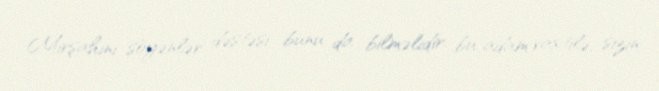
Mirşahini söyənlər dəstəsi bunu da bilməlidir: bu adam vaxtilə, sizin